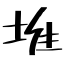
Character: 堆